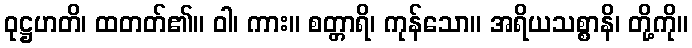
ဝုဋ္ဌဟတိ၊ ထတတ်၏။ ဝါ၊ ကား။ စတ္တာရိ၊ ကုန်သော။ အရိယသစ္စာနိ၊ တို့ကို။